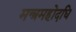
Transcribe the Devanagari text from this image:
मन्त्रमहोदधि